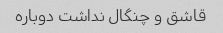
قاشق و چنگال نداشت دوباره